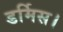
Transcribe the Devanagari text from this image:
डर्मिस।